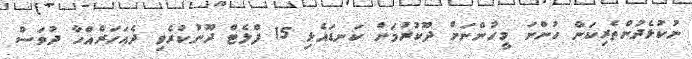
ނުކުޅެދުންތެރިކަން ހުންނަ މީހުންނަށް ދޫކުރުމަށް ކަނޑައެޅި 15 ފްލެޓް ދޫނުކުރެވި ދެއަހަރެއްހާ ދުވަސް